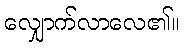
လျှောက်လာလေ၏။